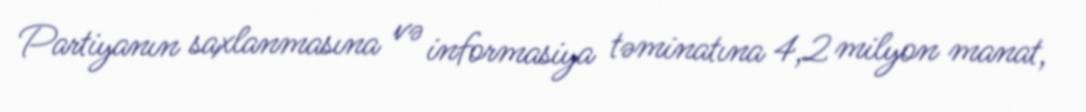
Partiyanın saxlanmasına və informasiya təminatına 4,2 milyon manat,